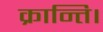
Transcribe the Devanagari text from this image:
क्रान्ति।